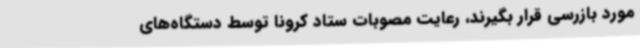
مورد بازرسی قرار بگیرند، رعایت مصوبات ستاد کرونا توسط دستگاه‌های